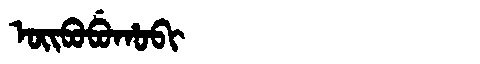
Manchu: ᠣᡳᠪᠣᠪᡠᡥᠣᠪᡳ
Romanization: OIBOBUHOBI